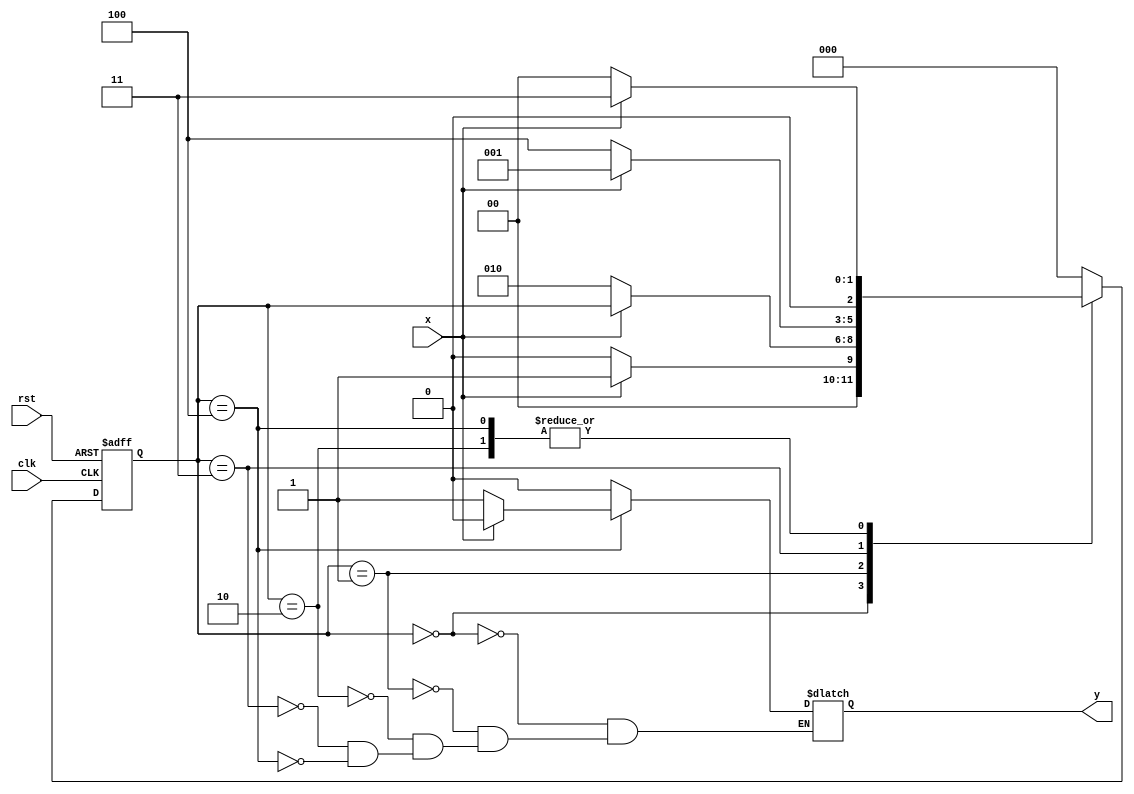
`timescale 1ns / 1ps
//////////////////////////////////////////////////////////////////////////////////
// Company: 
// Engineer: 
// 
// Design Name: 
// Module Name: mooreoverlap_1010
// Project Name: 
// Target Devices: 
// Tool Versions: 
// Description: 
// 
// Dependencies: 
// 
// Revision:
// Revision 0.01 - File Created
// Additional Comments:
// 
//////////////////////////////////////////////////////////////////////////////////


module mooreoverlap_1010(output reg y, input clk,rst,x);
reg [2:0]cs,ns;
    parameter s0=3'b000,s1=3'b001, s2=3'b010, s3=3'b011,s4=3'b100;
    always @ (posedge clk or posedge rst) begin
        if(rst)
            cs<=s0;
        else
            cs<=ns;
        end
    always @ (cs or x) begin
        case(cs)
            s0:begin ns=x?s1:s0; y=0; end
            s1:begin ns=x?cs:s2; y=0; end
            s2:begin ns=x?s3:s0; y=0; end
            s3:begin ns=x?s1:s4; y=0; end
            s4:begin ns=x?s3:s0;y=x?0:1;end
            default: ns=s0;
        endcase
    end
endmodule